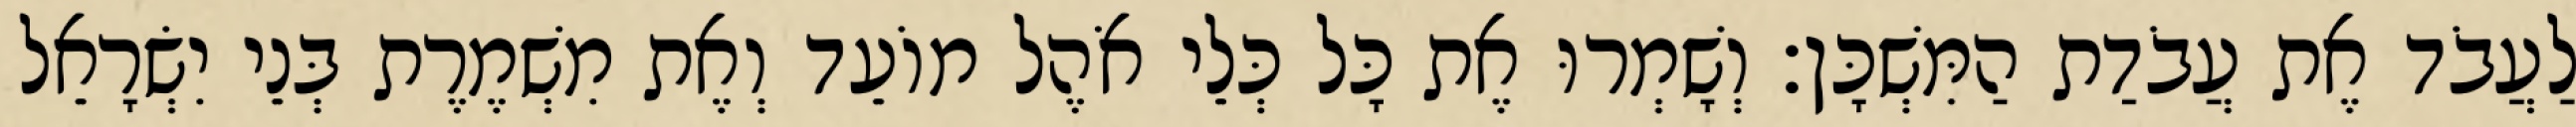
לַעֲבֹד אֶת עֲבֹדַת הַמִּשְׁכָּן׃ וְשָׁמְרוּ אֶת כָּל כְּלֵי אֹהֶל מוֹעֵד וְאֶת מִשְׁמֶרֶת בְּנֵי יִשְׂרָאֵל